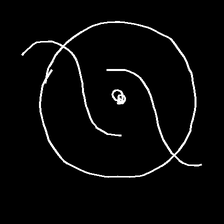
Glyph: repetition